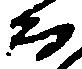
而